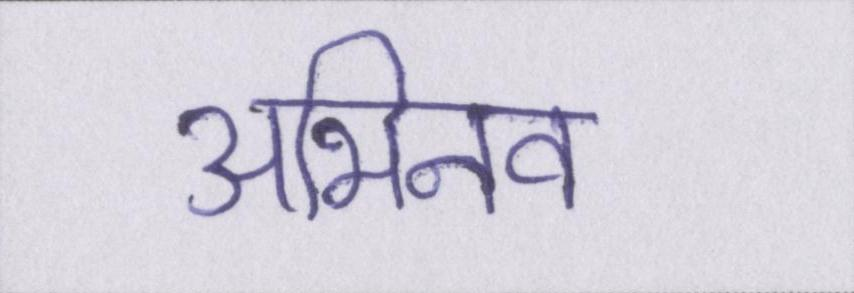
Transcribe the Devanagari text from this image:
अभिनव